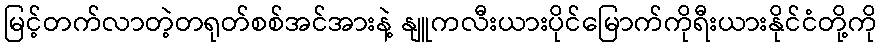
မြင့်တက်လာတဲ့တရုတ်စစ်အင်အားနဲ့ နျူကလီးယားပိုင်မြောက်ကိုရီးယားနိုင်ငံတို့ကို